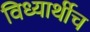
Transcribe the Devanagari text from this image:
विध्यार्थीच